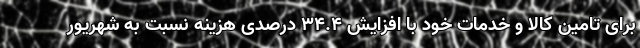
برای تامین کالا و خدمات خود با افزایش ۳۴.۴ درصدی هزینه نسبت به شهریور